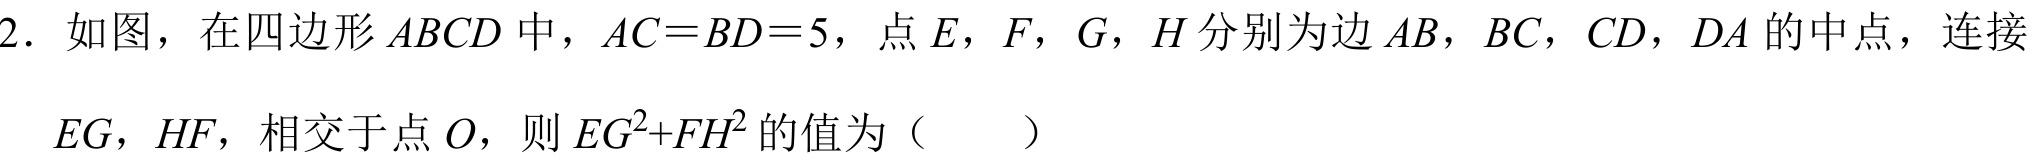
2. 如图，在四边形\(ABCD\)中，\(AC = BD = 5\)，点\(E\)，\(F\)，\(G\)，\(H\)分别为边\(AB\)，\(BC\)，\(CD\)，\(DA\)的中点，连接\(EG\)，\(HF\)，相交于点\(O\)，则\(EG^{2}+FH^{2}\)的值为（  ）